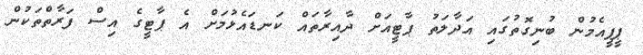
ޕީޕީއެމުން ބުނިގޮތުގައި އަދާލަތު ޕާޓީއަށް ދާއިރާތައް ކަނޑައެޅުމަށް އެ ޕާޓީގެ އިސް ފަރާތްތަކުން